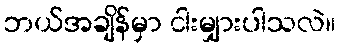
ဘယ်အချိန်မှာ ငါးမျှားပါသလဲ။